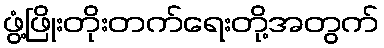
ဖွံ့ဖြိုးတိုးတက်ရေးတို့အတွက်